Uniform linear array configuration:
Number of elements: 4
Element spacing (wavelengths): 0.75
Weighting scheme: uniform
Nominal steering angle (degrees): -45
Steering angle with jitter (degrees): -44.965
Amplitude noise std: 0.05
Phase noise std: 0.05

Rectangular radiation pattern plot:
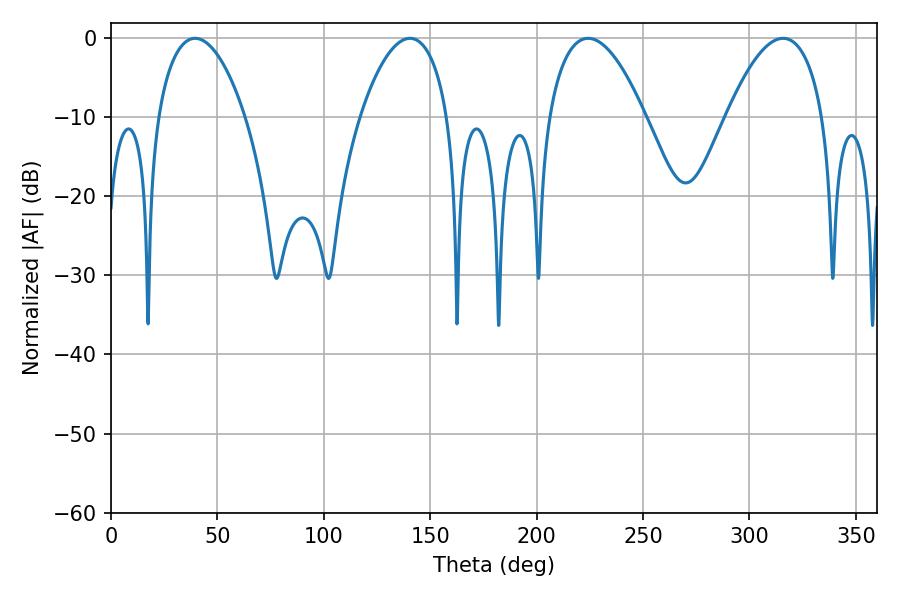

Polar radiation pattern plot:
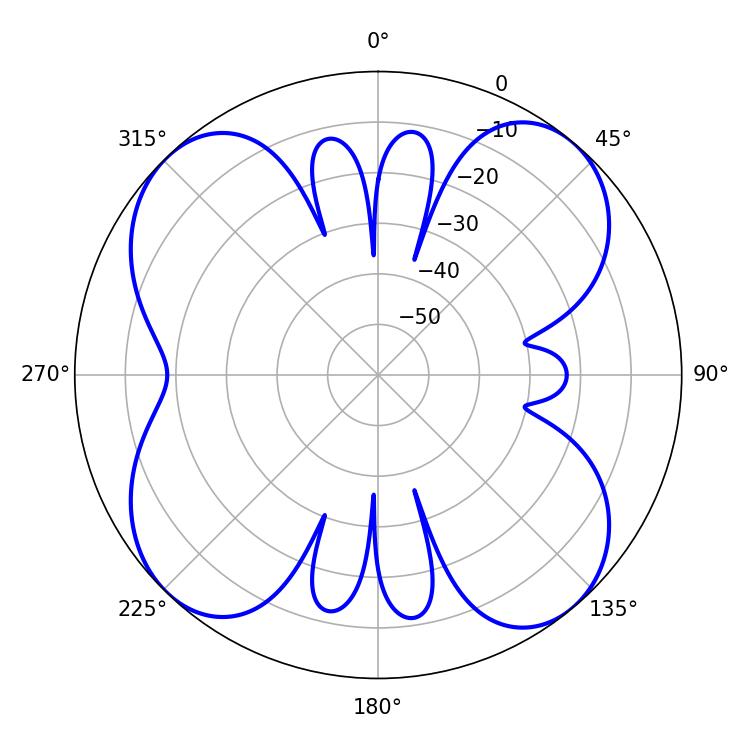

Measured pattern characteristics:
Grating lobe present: TRUE
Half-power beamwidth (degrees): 25.2
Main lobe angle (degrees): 224.28